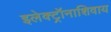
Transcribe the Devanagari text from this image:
इलेक्ट्रॉनाशिवाय